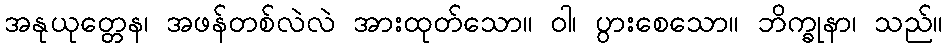
အနုယုတ္တေန၊ အဖန်တစ်လဲလဲ အားထုတ်သော။ ဝါ၊ ပွားစေသော။ ဘိက္ခုနာ၊ သည်။